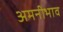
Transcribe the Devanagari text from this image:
अमनीभाव